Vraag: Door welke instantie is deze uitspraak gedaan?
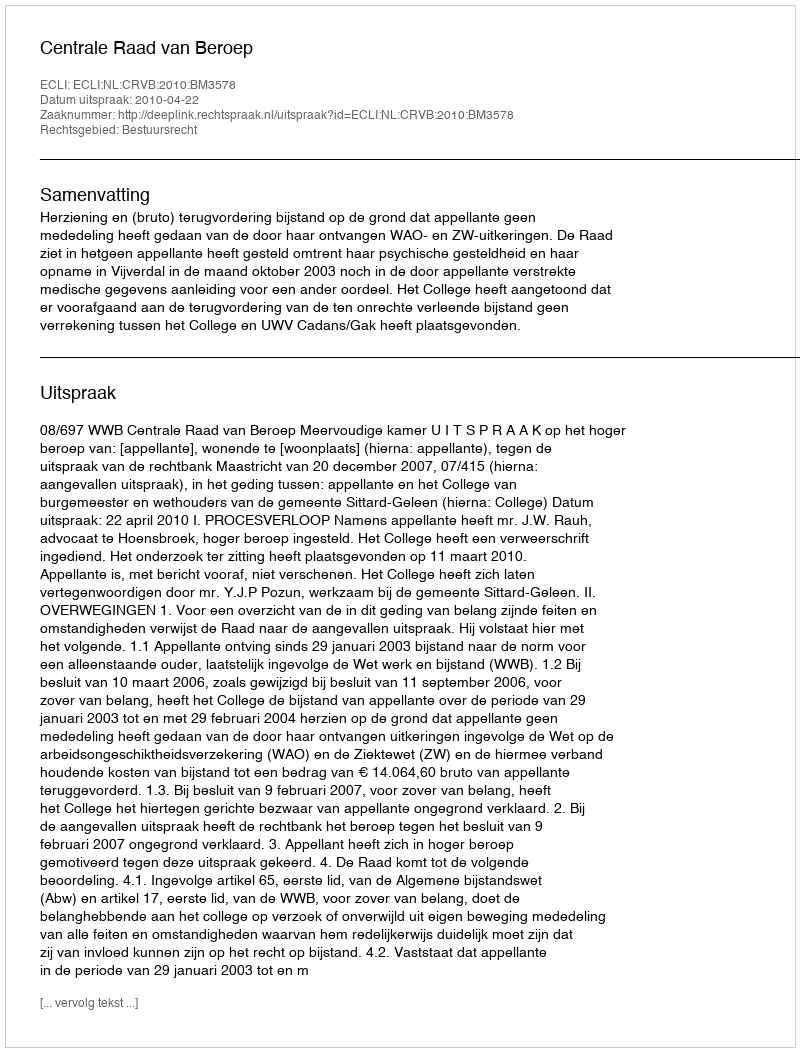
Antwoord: Centrale Raad van Beroep